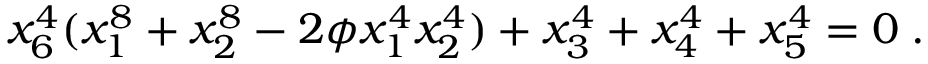
x _ { 6 } ^ { 4 } ( x _ { 1 } ^ { 8 } + x _ { 2 } ^ { 8 } - 2 \phi x _ { 1 } ^ { 4 } x _ { 2 } ^ { 4 } ) + x _ { 3 } ^ { 4 } + x _ { 4 } ^ { 4 } + x _ { 5 } ^ { 4 } = 0 \; .